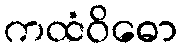
ကထံဝိဓော